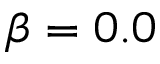
\beta = 0 . 0